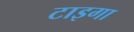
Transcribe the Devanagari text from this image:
टाइगा